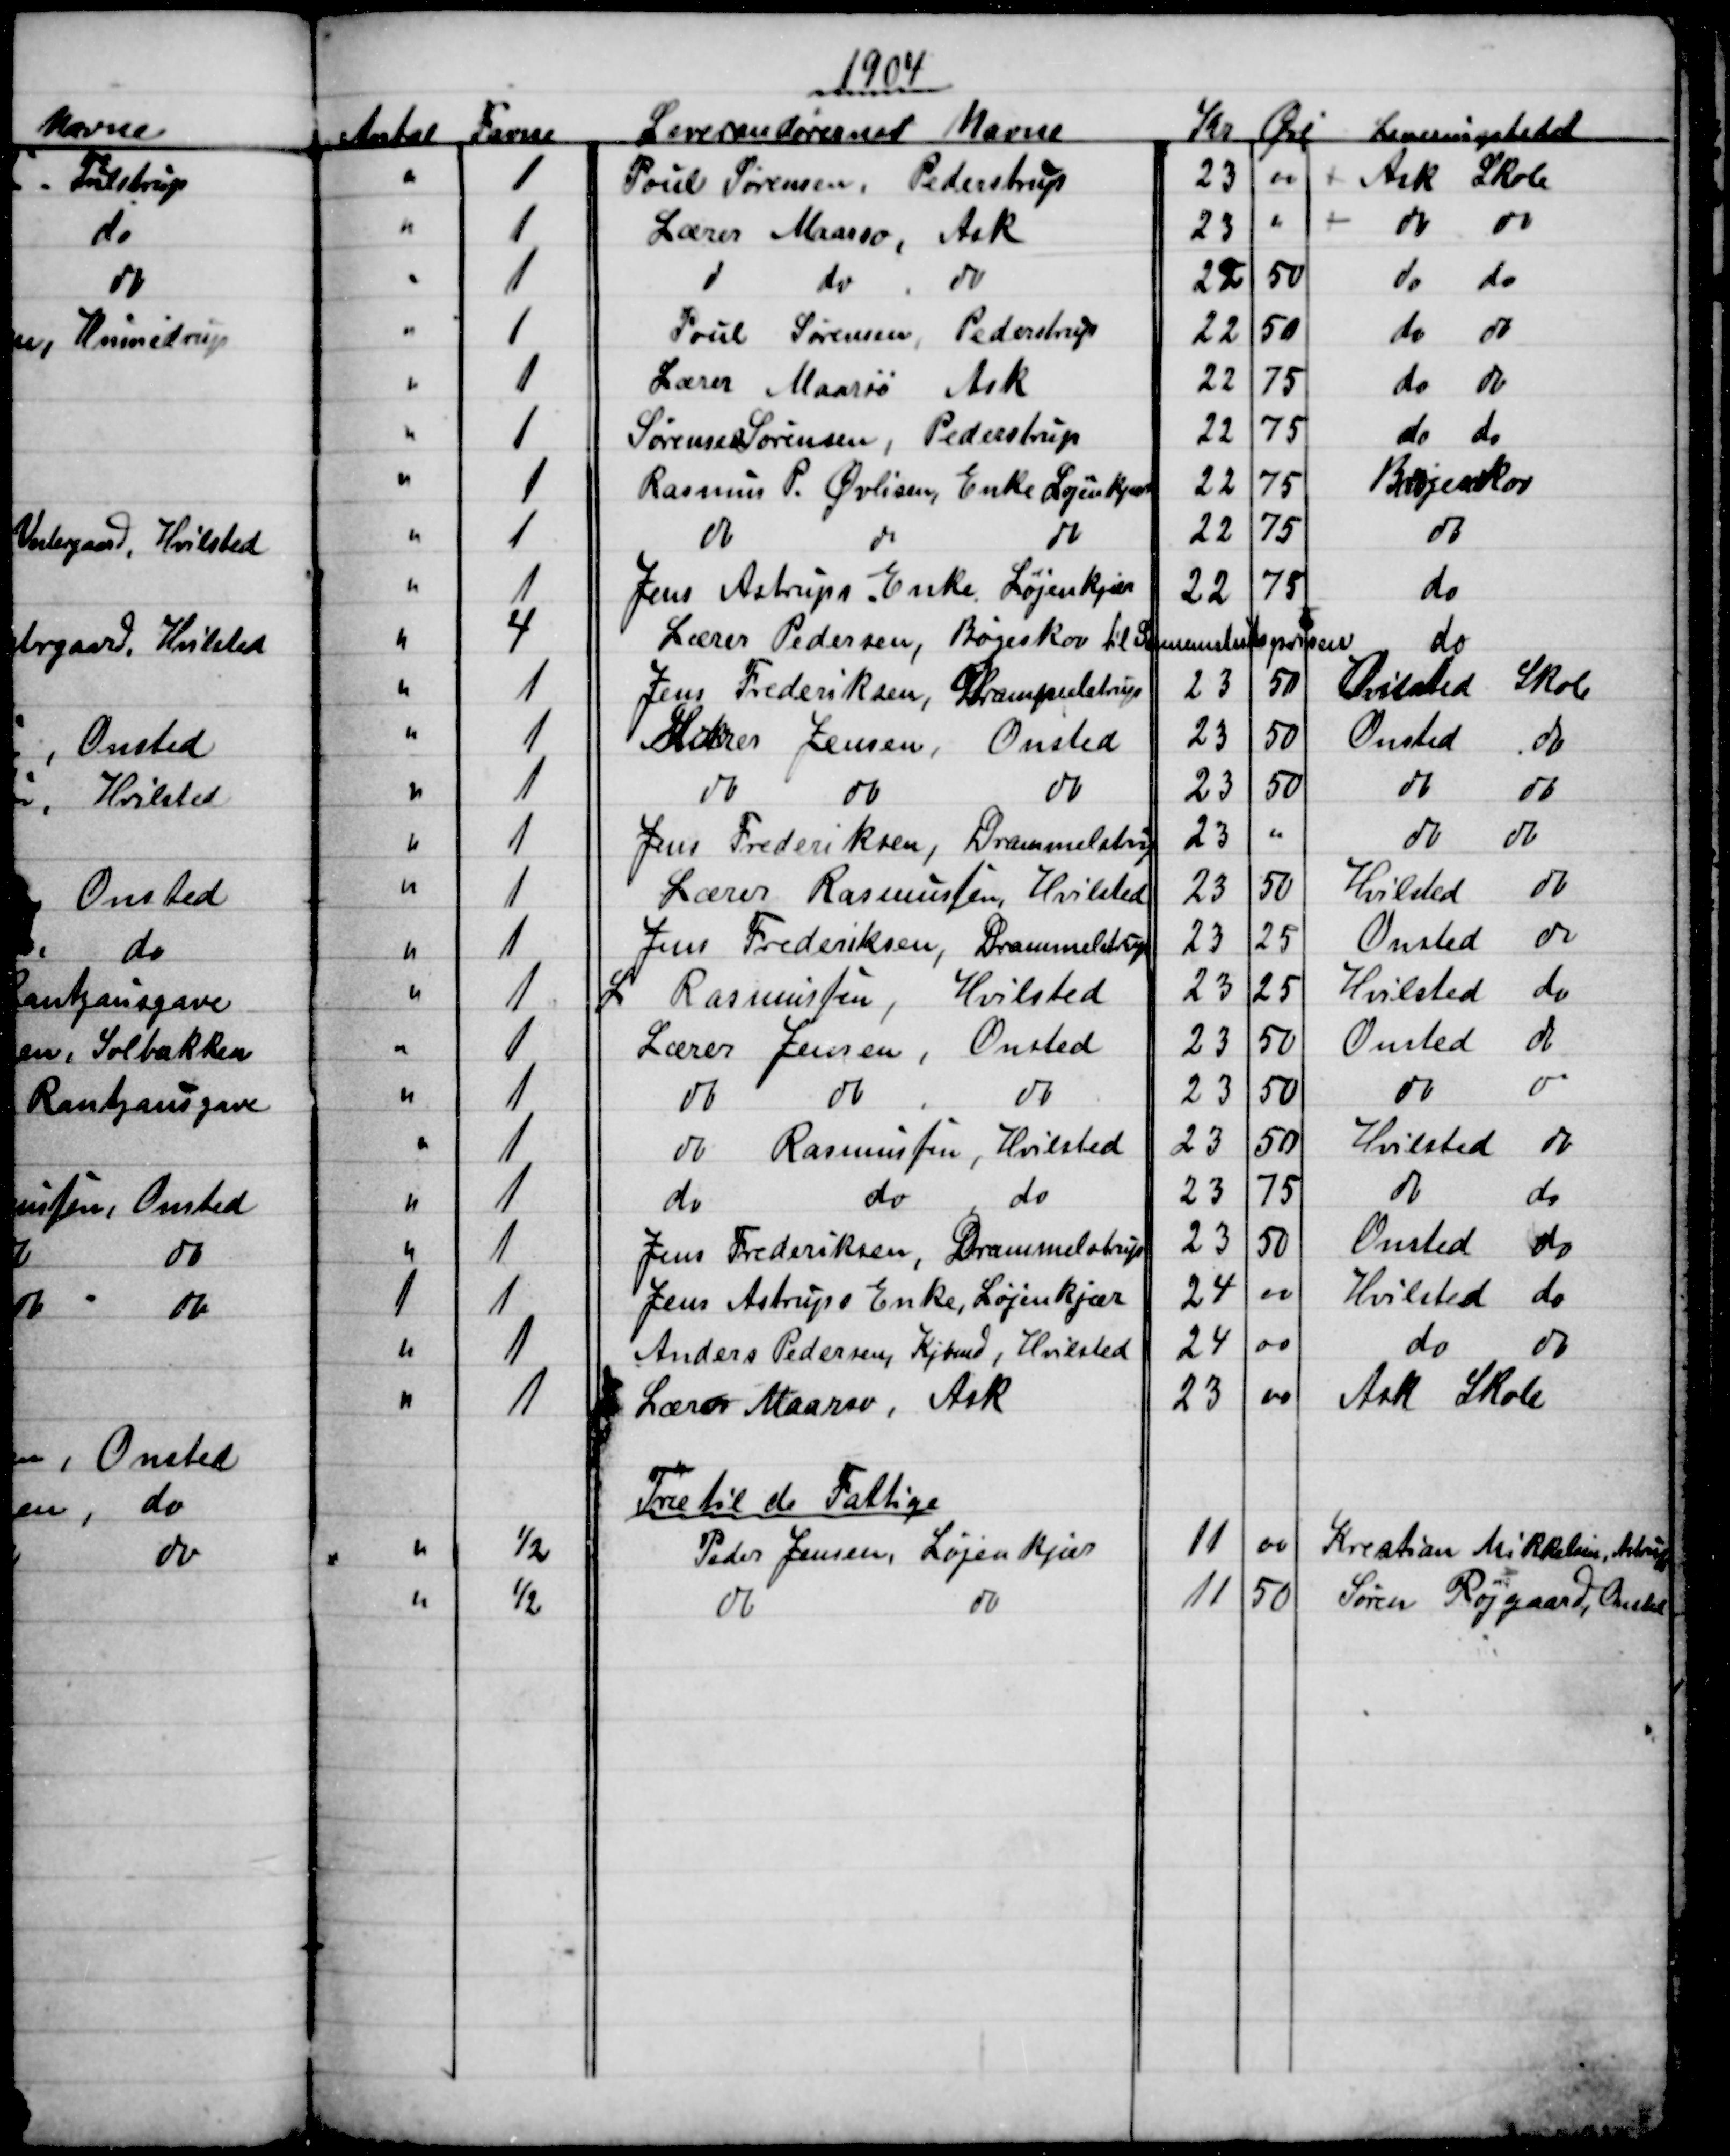
Transskription:
1904
Antal
Favne
Leverandørernes Navne
Kr
Øre 
Leveringstedet
1
Poul Sørensen, Pederstrup
23
00
Ask Skole
1
Lærer Maarsø, Ask
23
00
do
do 
1
d
do
do
22
50
do
do 
1
Poul Sørensen, Pederstrup
22
50
do 
do 
1
Lærer Maarsø Ask
22
75
do 
do 
1
Sørensen Sørensen, Pederstrup
22
75
do 
do 
1
Rasmus P. Øvlisen, Enke Løjenkjær
22
75
Bøgeskov
1
do
do
do
22
75
do
1
Jens Astrups Enke, Løjenkjær
22
75
do
4
Lærer Pedersen, Bøgeskov til Gennemsnitsprisen 
do
1
Jens Frederiksen, Drammelstrup
23
50
Onsted
Skole
1
Lærer Jensen, Onsted
23
50
Onsted
do
1
do
do
do
23
50
do
do
1
Jens Frederiksen
Drammelstrup
23
do 
do 
1
Lærer Rasmussen, Hvilsted
23
50
Hvilsted
do
1
Jens Frederiksen
Drammelstrup
23
25
Onsted
do
1
 L Rasmussen, Hvilsted
23
25
Hvilsted
do
1
Lærer Jensen, Onsted
23
50
Onsted
do
1
do 
do 
do
23
50
do
do
1
do Rasmussen, Hvilsted
23
50
Hvilsted
do
1
do
do
do
23
75
do
do
1
Jens Frederiksen, Drammelstrup
23
50
Onsted
do
1
1
Jens Astrups Enke, Løjenkjær
24
00
Hvilsted 
do
1
Anders Pedersen, Kjbmd, Hvilsted
24
00
do
do
1
Lærer Maarsø, Ask
23
00
Ask Skole
Træ til de Fattige
½
Peder Jensen, LøjenKjær
11
00
Krestian Mikkelsen, Astrup
½
do
do
11
50
Søren Røjgaard, Onsted